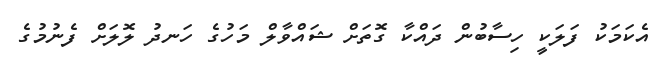
އެކަމަކު ފަލަކީ ހިސާބުން ދައްކާ ގޮތަށް ޝައްވާލް މަހުގެ ހަނދު ލޮލަށް ފެނުމުގެ